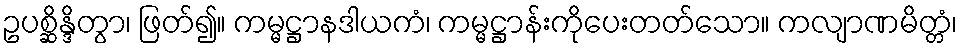
ဥပစ္ဆိန္ဒိတွာ၊ ဖြတ်၍။ ကမ္မဋ္ဌာနဒါယကံ၊ ကမ္မဋ္ဌာန်းကိုပေးတတ်သော။ ကလျာဏမိတ္တံ၊